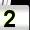
Digit: 2